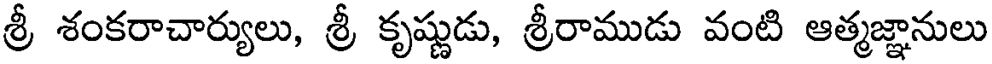
శ్రీ శంకరాచార్యులు, శ్రీ కృష్ణుడు, శ్రీరాముడు వంటి ఆత్మజ్ఞానులు